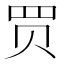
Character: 𧹒